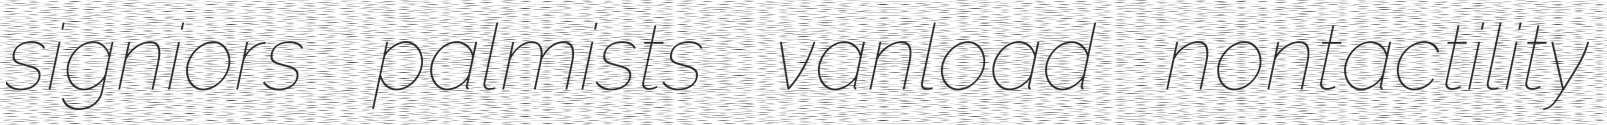
signiors palmists vanload nontactility